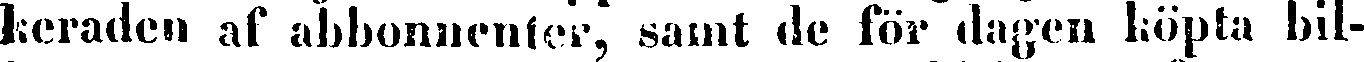
keraden af abbonnenter, samt de för dagen köpta bil-